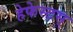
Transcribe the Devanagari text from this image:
हेफेस्टस्‌